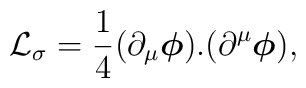
{\cal L}_{\sigma}=\frac{1}{4}(\partial_{\mu}\mbox{\boldmath $\phi$}).(\partial^{\mu}\mbox{\boldmath $\phi$}),